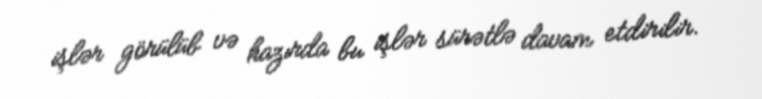
işlər görülüb və hazırda bu işlər sürətlə davam etdirilir.